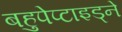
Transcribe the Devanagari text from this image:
बहुपेप्टाइड्ने